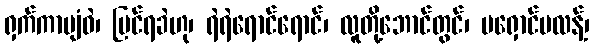
ရှက်ကာပျံဝဲ၊ မြင်ရခဲဟု၊ ရဲရဲရောင်ရောင်၊ လူတို့ဘောင်တွင်၊ မရှောင်မလန့်၊